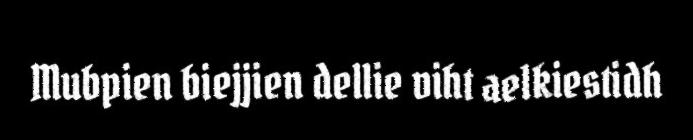
Mubpien biejjien dellie viht aelkiestidh